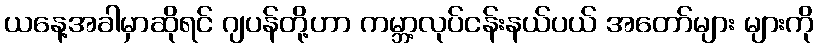
ယနေ့အခါမှာဆိုရင် ဂျပန်တို့ဟာ ကမ္ဘာ့လုပ်ငန်းနယ်ပယ် အတော်များ များကို